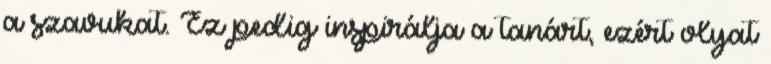
a szavukat. Ez pedig inspirálja a tanárt, ezért olyat